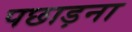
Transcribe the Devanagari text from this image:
पछाड़ना